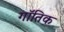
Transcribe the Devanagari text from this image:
गॉतिक